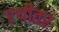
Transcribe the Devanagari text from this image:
रथीतर